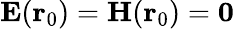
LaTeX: \mathbf{E}(\mathbf{r}_{0})=\mathbf{H}(\mathbf{r}_{0})=\mathbf{0}